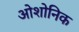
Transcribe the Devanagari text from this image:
ओशोनिक